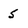
Character: 5